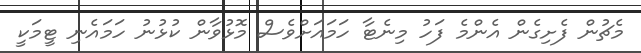
މެޗުން ފެށިގެން އެންމެ ފަހު މިނެޓާ ހަމައަށްވެސް މޮޅުވާން ކުޅުނު ހަމައެނި ޓީމަކީ